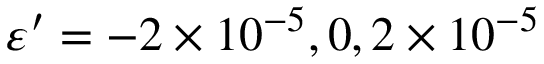
\protect \varepsilon ^ { \prime } = - 2 \times 1 0 ^ { - 5 } , 0 , 2 \times 1 0 ^ { - 5 }